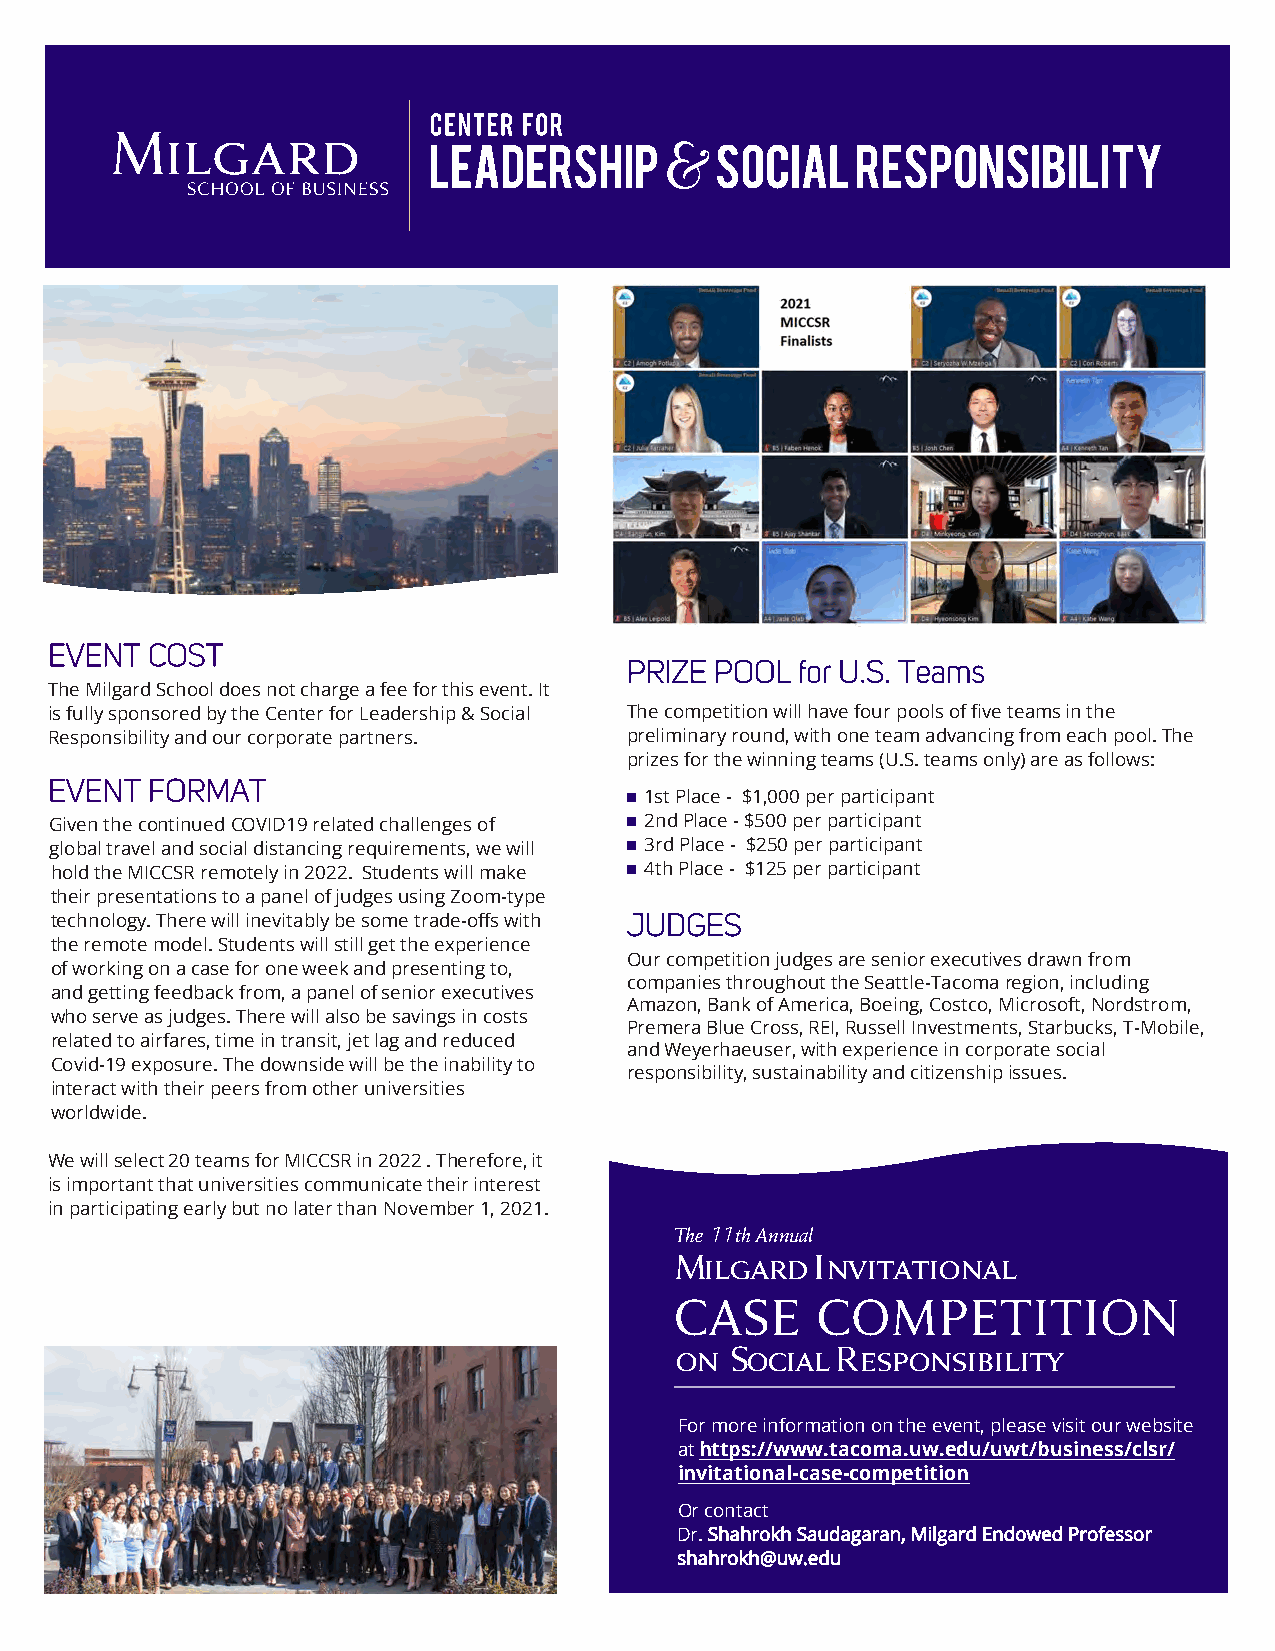
EVENT  COST
 PRIZE POOL  for U.S. Teams
 The Milgard School does not charge a fee for this event. It
 is fully sponsored by the Center for Leadership & Social The competition will have four pools of five teams in the
 Responsibility and our corporate partners. preliminary round, with one team advancing from each pool. The
 prizes for the winning teams (U.S. teams only) are as follows:
 EVENT  FORMAT
 n 1st Place - $1,000 per participant
 Given the continued COVID19 related challenges of n 2nd Place - $500 per participant
 global travel and social distancing requirements, we will n 3rd Place - $250 per participant
 hold the MICCSR remotely in 2022. Students will make n 4th Place - $125 per participant
 their presentations to a panel of judges using Zoom-type
 technology. There will inevitably be some trade-offs with JUDGES
 the remote model. Students will still get the experience
 Our competition judges are senior executives drawn from
 of working on a case for one week and presenting to,
 companies throughout the Seattle-Tacoma region, including
 and getting feedback from, a panel of senior executives
 Amazon, Bank of America, Boeing, Costco, Microsoft, Nordstrom,
 who serve as judges. There will also be savings in costs
 Premera Blue Cross, REI, Russell Investments, Starbucks, T-Mobile,
 related to airfares, time in transit, jet lag and reduced
 and Weyerhaeuser, with experience in corporate social
 Covid-19 exposure. The downside will be the inability to
 responsibility, sustainability and citizenship issues.
 interact with their peers from other universities
 worldwide.
 We will select 20 teams for MICCSR in 2022 . Therefore, it
 is important that universities communicate their interest
 in participating early but no later than November 1, 2021.
 The 11th Annual
 Milgard  Invitational
 CASE     COMPETITION
 on Social Responsibility
 For more information on the event, please visit our website
 at https://www.tacoma.uw.edu/uwt/business/clsr/
 invitational-case-competition
 Or contact
 Dr. Shahrokh Saudagaran, Milgard Endowed Professor
 shahrokh@uw.edu